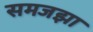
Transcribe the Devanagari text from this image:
समजझा